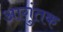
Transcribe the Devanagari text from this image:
आगुंतक